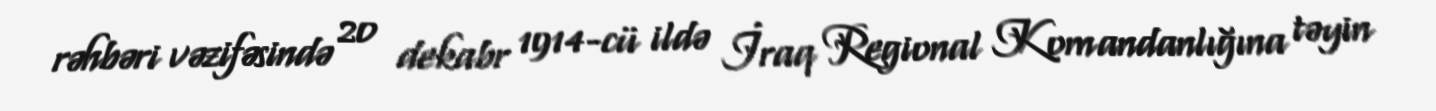
rəhbəri vəzifəsində 20 dekabr 1914-cü ildə İraq Regional Komandanlığına təyin